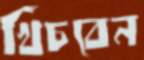
খিঁচবেন